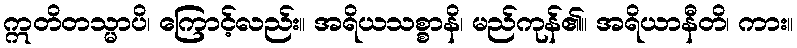
ဣတိတသ္မာပိ၊ ကြောင့်လည်း။ အရိယသစ္စာနိ၊ မည်ကုန်၏။ အရိယာနီတိ၊ ကား။